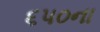
૬૫૦ના